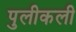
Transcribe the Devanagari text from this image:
पुलीकली